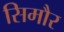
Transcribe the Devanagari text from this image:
सिमौर